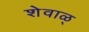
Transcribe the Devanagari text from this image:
शेवाळ्